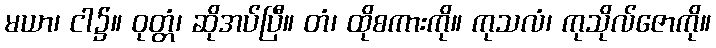
မယာ၊ ငါ၌။ ဝုတ္တံ၊ ဆိုအပ်ပြီ။ တံ၊ ထိုစကားကို။ ကုသလံ၊ ကုသိုလ်ဇောကို။